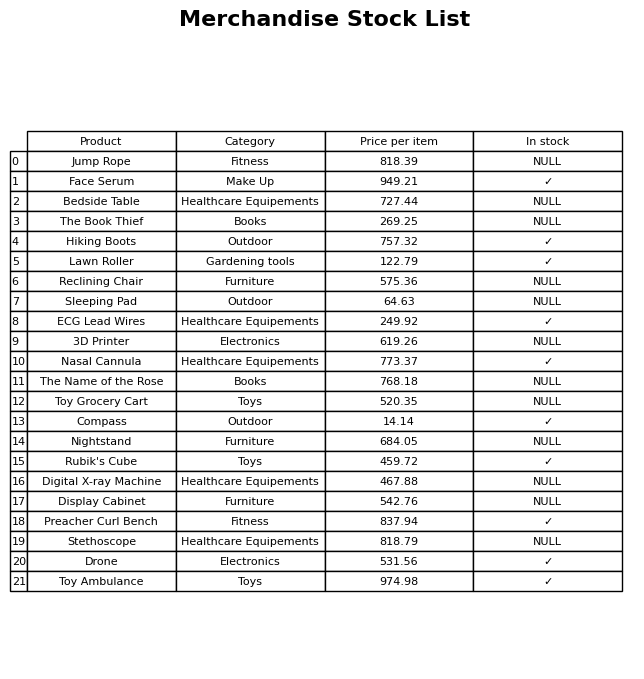
question: What is the price for Toy Grocery Cart?
answer: The price of Toy Grocery Cart is 520.35.